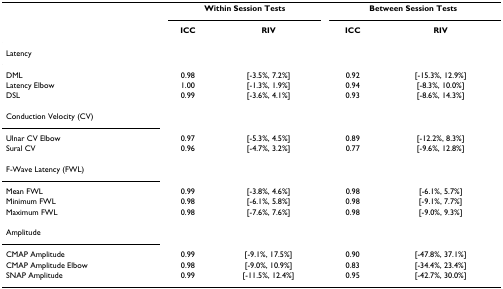
<table><thead><tr><td>[EMPTY_CELL]</td><td colspan="2"><b>Within Session Tests</b></td><td colspan="2"><b>Between Session Tests</b></td></tr><tr><td>[EMPTY_CELL]</td><td><b>ICC</b></td><td><b>RIV</b></td><td><b>ICC</b></td><td><b>RIV</b></td></tr></thead><tbody><tr><td colspan="5">Latency</td></tr><tr><td>DML</td><td>0.98</td><td>[-3.5%, 7.2%]</td><td>0.92</td><td>[-15.3%, 12.9%]</td></tr><tr><td>Latency Elbow</td><td>1.00</td><td>[-1.3%, 1.9%]</td><td>0.94</td><td>[-8.3%, 10.0%]</td></tr><tr><td>DSL</td><td>0.99</td><td>[-3.6%, 4.1%]</td><td>0.93</td><td>[-8.6%, 14.3%]</td></tr><tr><td colspan="5">Conduction Velocity (CV)</td></tr><tr><td>Ulnar CV Elbow</td><td>0.97</td><td>[-5.3%, 4.5%]</td><td>0.89</td><td>[-12.2%, 8.3%]</td></tr><tr><td>Sural CV</td><td>0.96</td><td>[-4.7%, 3.2%]</td><td>0.77</td><td>[-9.6%, 12.8%]</td></tr><tr><td colspan="5">F-Wave Latency (FWL)</td></tr><tr><td>Mean FWL</td><td>0.99</td><td>[-3.8%, 4.6%]</td><td>0.98</td><td>[-6.1%, 5.7%]</td></tr><tr><td>Minimum FWL</td><td>0.98</td><td>[-6.1%, 5.8%]</td><td>0.98</td><td>[-9.1%, 7.7%]</td></tr><tr><td>Maximum FWL</td><td>0.98</td><td>[-7.6%, 7.6%]</td><td>0.98</td><td>[-9.0%, 9.3%]</td></tr><tr><td colspan="5">Amplitude</td></tr><tr><td>CMAP Amplitude</td><td>0.99</td><td>[-9.1%, 17.5%]</td><td>0.90</td><td>[-47.8%, 37.1%]</td></tr><tr><td>CMAP Amplitude Elbow</td><td>0.98</td><td>[-9.0%, 10.9%]</td><td>0.83</td><td>[-34.4%, 23.4%]</td></tr><tr><td>SNAP Amplitude</td><td>0.99</td><td>[-11.5%, 12.4%]</td><td>0.95</td><td>[-42.7%, 30.0%]</td></tr></tbody></table>